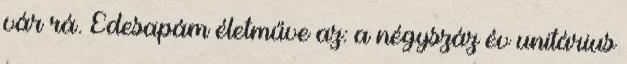
vár rá. Édesapám életműve az: a négyszáz év unitárius